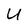
Character: U